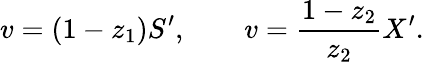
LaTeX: v=(1-z_{1})S^{\prime},\qquad v={\frac{1-z_{2}}{z_{2}}}X^{\prime}.